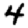
Digit: 4